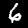
Label: 6